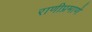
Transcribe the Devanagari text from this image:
राणीप्रमाणे